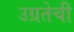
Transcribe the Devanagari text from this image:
उग्रतेची